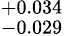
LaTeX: ^{+0.034}_{-0.029}